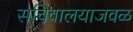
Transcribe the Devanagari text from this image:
सचिवालयाजवळ